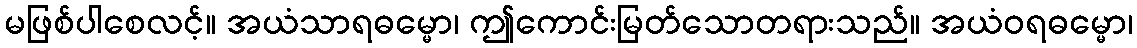
မဖြစ်ပါစေလင့်။ အယံသာရဓမ္မော၊ ဤကောင်းမြတ်သောတရားသည်။ အယံဝရဓမ္မော၊